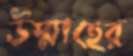
উম্মাহের